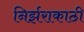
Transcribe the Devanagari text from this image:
निर्झराकाठी